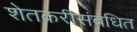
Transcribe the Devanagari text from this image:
शेतकरीसंबंधित